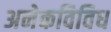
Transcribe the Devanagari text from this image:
अनेकविविध